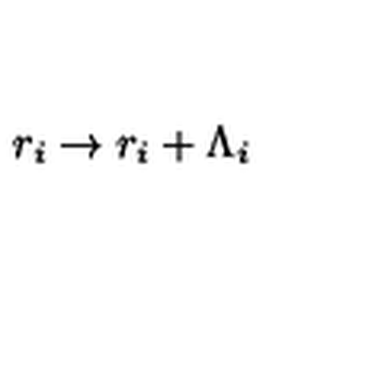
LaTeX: r _ { i } \rightarrow r _ { i } + \Lambda _ { i }